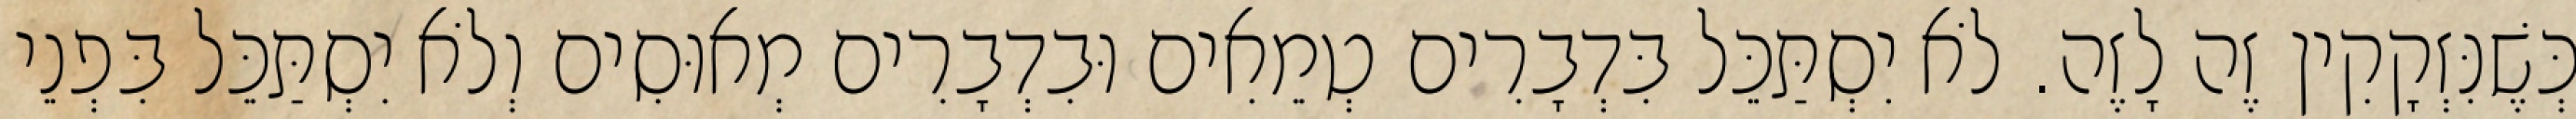
כְּשֶׁנִּזְקָקִין זֶה לָזֶה. לֹא יִסְתַּכֵּל בִּדְבָרִים טְמֵאִים וּבִדְבָרִים מְאוּסִים וְלֹא יִסְתַּכֵּל בִּפְנֵי